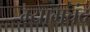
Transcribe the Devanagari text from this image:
म्यामचंद